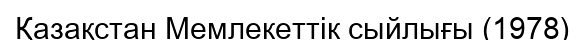
Қазақстан Мемлекеттік сыйлығы (1978)